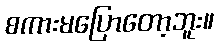
စကားမပြောတော့ဘူး။